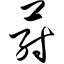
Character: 荮